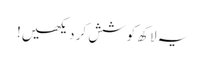
یہ لاکھ کوشش کر دیکھیں!